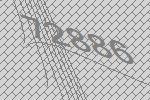
72886